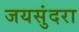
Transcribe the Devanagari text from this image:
जयसुंदरा